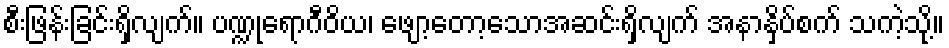
စီးဖြန်းခြင်းရှိလျက်။ ပဏ္ဍုရောဂီဝိယ၊ ဖျော့တော့သောအဆင်းရှိလျက် အနာနှိပ်စက် သကဲ့သို့။